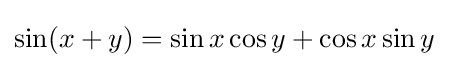
\sin(x+y)=\sin {x}\cos y+\cos x\sin y